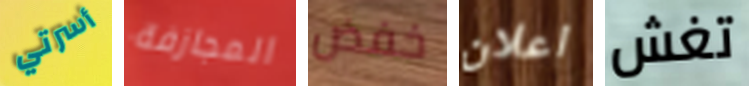
أسرتي المجازفة خفض اعلان تغش